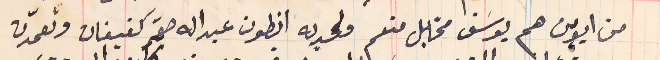
من ابوين هما يوسَف مخايل منعم ولحديه انطون عبداله صقر كفيفان وتعمّدت